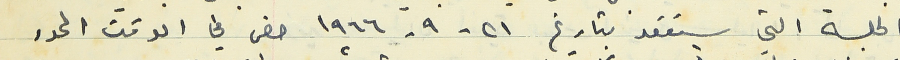
الجلسة التي ستعقد بتاريخ ٢١ -٩- ١٩٦٦ حضر في الوقت المحدد